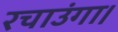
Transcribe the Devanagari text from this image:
रचाउंगा।